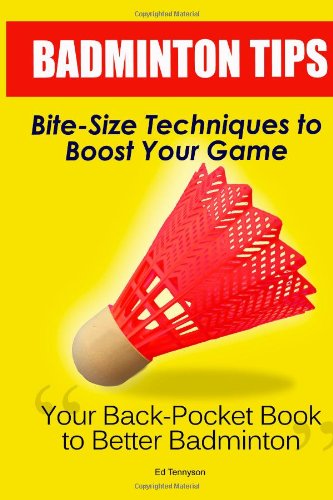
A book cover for Badminton Tips: Bite-Size Techniques To Boost Your Game; Ed Tennyson; Sports & Outdoors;